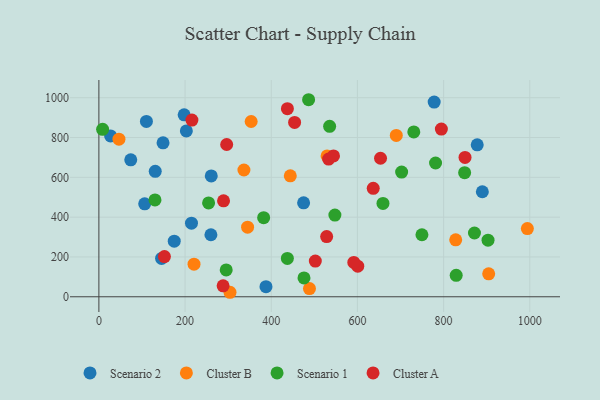
{"axis": {"x": "Study Hours", "y": "Salary"}, "legend": ["Cluster A", "Cluster B", "Scenario 1", "Scenario 2"], "data": [{"x": "130.8", "y": 630.3, "type": "Scenario 2"}, {"x": "148.9", "y": 773.4, "type": "Scenario 2"}, {"x": "110.3", "y": 881.1, "type": "Scenario 2"}, {"x": "889.9", "y": 527.7, "type": "Scenario 2"}, {"x": "197.9", "y": 914.1, "type": "Scenario 2"}, {"x": "778.1", "y": 978.1, "type": "Scenario 2"}, {"x": "203.0", "y": 833.2, "type": "Scenario 2"}, {"x": "214.9", "y": 369.5, "type": "Scenario 2"}, {"x": "145.5", "y": 192.6, "type": "Scenario 2"}, {"x": "387.8", "y": 50.6, "type": "Scenario 2"}, {"x": "74.0", "y": 687.8, "type": "Scenario 2"}, {"x": "27.2", "y": 808.1, "type": "Scenario 2"}, {"x": "260.0", "y": 311.5, "type": "Scenario 2"}, {"x": "260.8", "y": 607.1, "type": "Scenario 2"}, {"x": "475.1", "y": 471.8, "type": "Scenario 2"}, {"x": "878.0", "y": 763.3, "type": "Scenario 2"}, {"x": "106.3", "y": 467.1, "type": "Scenario 2"}, {"x": "174.9", "y": 279.5, "type": "Scenario 2"}, {"x": "46.6", "y": 791.5, "type": "Cluster B"}, {"x": "220.8", "y": 163.9, "type": "Cluster B"}, {"x": "444.2", "y": 607.8, "type": "Cluster B"}, {"x": "690.2", "y": 810.6, "type": "Cluster B"}, {"x": "529.6", "y": 707.5, "type": "Cluster B"}, {"x": "994.4", "y": 342.6, "type": "Cluster B"}, {"x": "828.1", "y": 286.1, "type": "Cluster B"}, {"x": "904.6", "y": 115.5, "type": "Cluster B"}, {"x": "488.7", "y": 41.2, "type": "Cluster B"}, {"x": "304.3", "y": 22.6, "type": "Cluster B"}, {"x": "353.4", "y": 880.4, "type": "Cluster B"}, {"x": "345.1", "y": 349.8, "type": "Cluster B"}, {"x": "336.6", "y": 636.9, "type": "Cluster B"}, {"x": "871.6", "y": 320.3, "type": "Scenario 1"}, {"x": "730.8", "y": 828.3, "type": "Scenario 1"}, {"x": "829.2", "y": 107.9, "type": "Scenario 1"}, {"x": "254.6", "y": 471.4, "type": "Scenario 1"}, {"x": "547.7", "y": 410.3, "type": "Scenario 1"}, {"x": "702.6", "y": 626.5, "type": "Scenario 1"}, {"x": "476.0", "y": 94.7, "type": "Scenario 1"}, {"x": "659.3", "y": 469.0, "type": "Scenario 1"}, {"x": "382.4", "y": 397.4, "type": "Scenario 1"}, {"x": "295.5", "y": 134.8, "type": "Scenario 1"}, {"x": "130.2", "y": 486.6, "type": "Scenario 1"}, {"x": "535.5", "y": 856.2, "type": "Scenario 1"}, {"x": "749.7", "y": 311.5, "type": "Scenario 1"}, {"x": "903.1", "y": 284.4, "type": "Scenario 1"}, {"x": "848.8", "y": 623.2, "type": "Scenario 1"}, {"x": "8.7", "y": 841.1, "type": "Scenario 1"}, {"x": "437.4", "y": 192.6, "type": "Scenario 1"}, {"x": "486.7", "y": 989.9, "type": "Scenario 1"}, {"x": "781.3", "y": 672.1, "type": "Scenario 1"}, {"x": "636.7", "y": 544.9, "type": "Cluster A"}, {"x": "600.8", "y": 153.5, "type": "Cluster A"}, {"x": "288.3", "y": 55.0, "type": "Cluster A"}, {"x": "296.6", "y": 765.0, "type": "Cluster A"}, {"x": "502.3", "y": 179.1, "type": "Cluster A"}, {"x": "591.6", "y": 172.4, "type": "Cluster A"}, {"x": "152.1", "y": 201.9, "type": "Cluster A"}, {"x": "533.2", "y": 691.7, "type": "Cluster A"}, {"x": "544.5", "y": 707.8, "type": "Cluster A"}, {"x": "528.6", "y": 302.5, "type": "Cluster A"}, {"x": "454.2", "y": 875.7, "type": "Cluster A"}, {"x": "289.3", "y": 482.0, "type": "Cluster A"}, {"x": "653.6", "y": 695.8, "type": "Cluster A"}, {"x": "849.7", "y": 699.9, "type": "Cluster A"}, {"x": "215.9", "y": 887.6, "type": "Cluster A"}, {"x": "794.8", "y": 842.6, "type": "Cluster A"}, {"x": "437.5", "y": 944.9, "type": "Cluster A"}]}